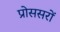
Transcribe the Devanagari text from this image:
प्रोससरों